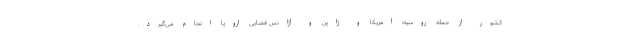
کشور از جمله روسیه، آمریکا و ژاپن و آژانس فضایی اروپا انجام می‌گیرد.